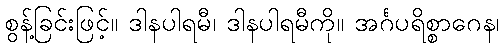
စွန့်ခြင်းဖြင့်။ ဒါနပါရမီ၊ ဒါနပါရမီကို။ အင်္ဂပရိစ္စာဂေန၊